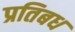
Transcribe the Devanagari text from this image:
प्रतिबध